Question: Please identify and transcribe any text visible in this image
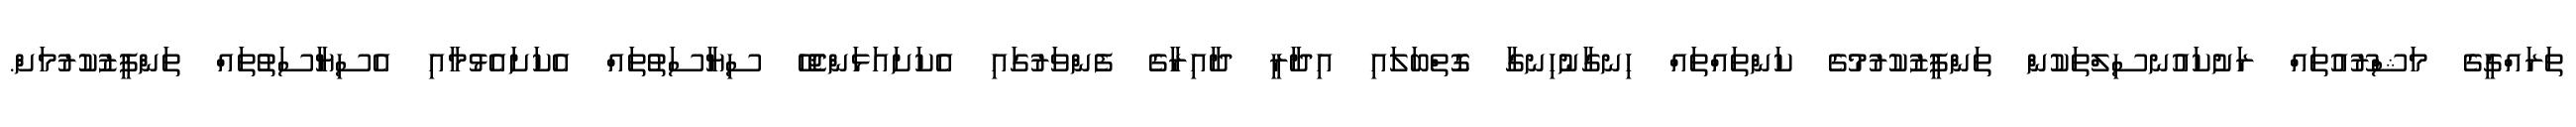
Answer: ތަރައްގީގެ މަޝްރޫއުތައް ރަށުކައުނސިލްތަކުން ތަންފީޒުކުރުމުގެ ކަންތައްތައް ހިނގާނުހިނގާ ގޮތްބަލައި އިދާރީ ދާއިރާގެ ފެންވަރުގައި އެކަށައަޅަންޖެހޭ ސިޔާސަތުތައް އެކަށައެޅުމާއި އެސިޔާސަތުތައް ތަންފީޒުކުރުމަށް.